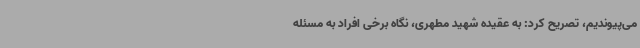
می‌پیوندیم، تصریح کرد: به عقیده شهید مطهری، نگاه برخی افراد به مسئله